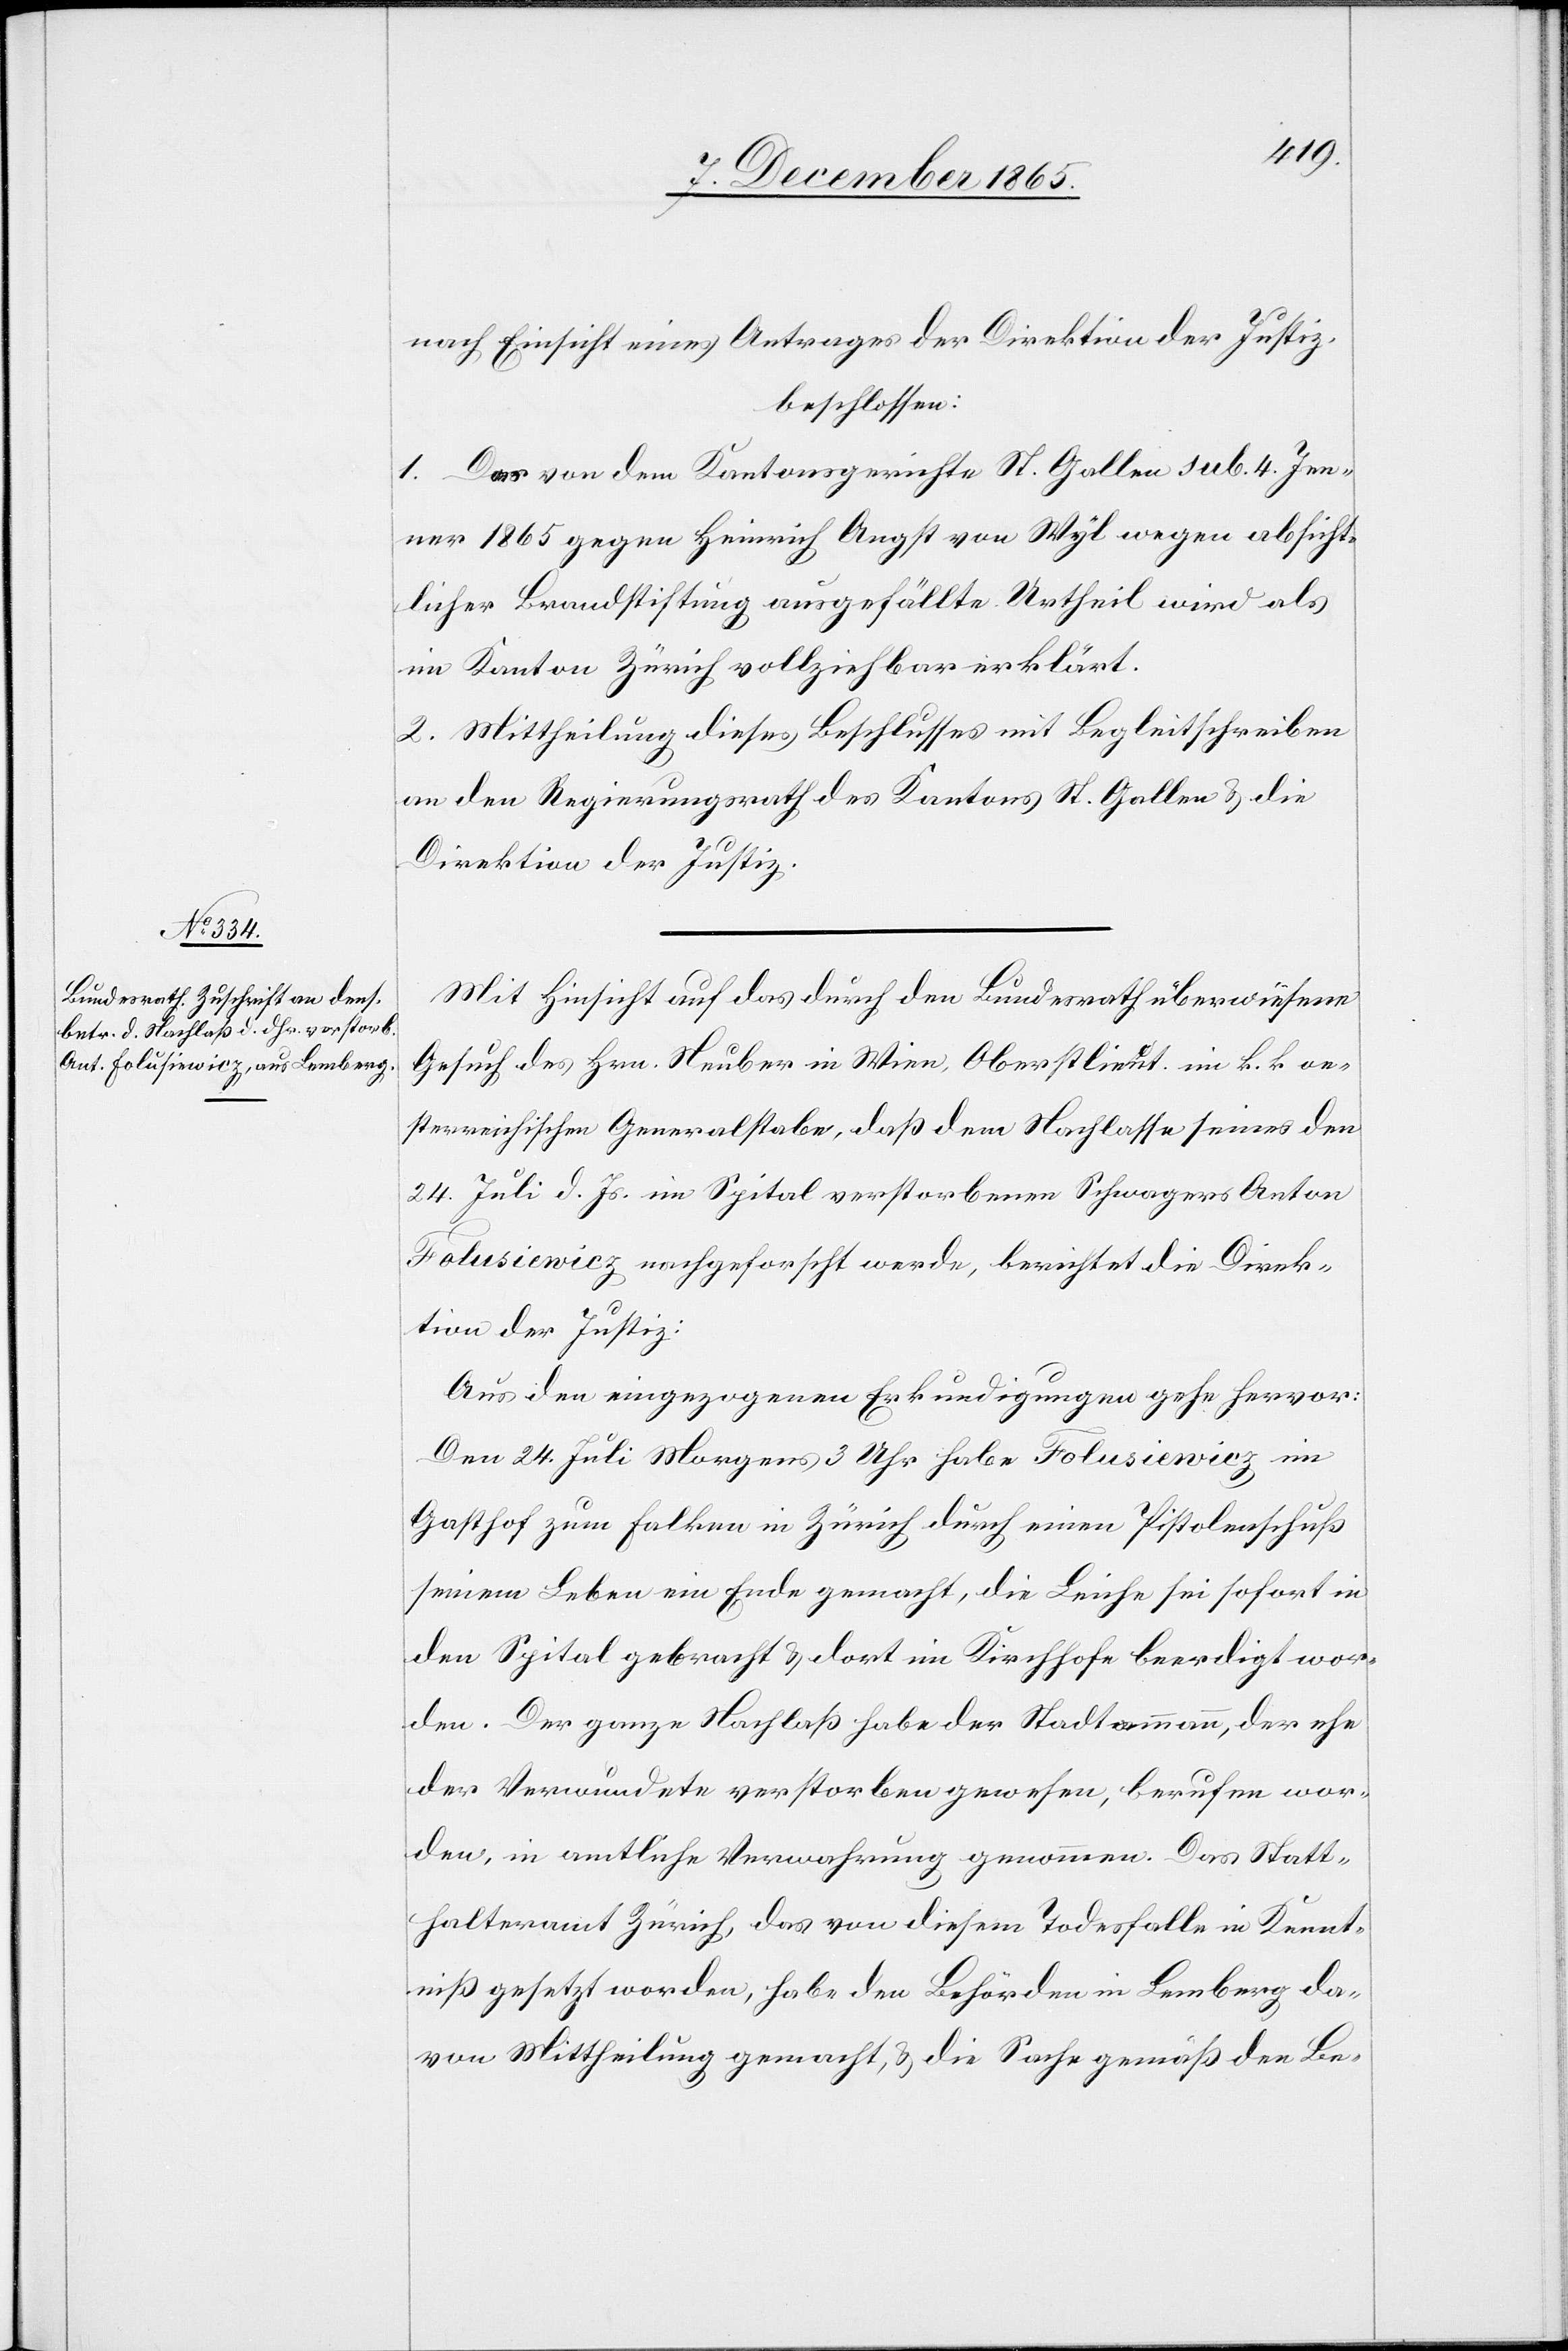
nach Einsicht eines Antrages der Direktion der Justiz,
beschlossen:
1. Das von dem Kantonsgerichte St. Gallen sub. 4. Jan¬
uar 1865 gegen Heinrich Angst von Wyl wegen absicht¬
licher Brandstiftung ausgefällte Urtheil wird als
im Kanton Zürich vollziehbar erklärt.
2. Mittheilung dieses Beschlusses mit Begleitschreiben
an den Regierungsrath des Kantons St. Gallen & an die
Direktion der Justiz.
Mit Hinsicht auf das durch den Bundesrath überwiesene
Gesuch des Hrn. Neuber in Wien, Oberstlieut. im k. k. oe¬
sterreichischen Generalstabe, daß dem Nachlasses seines den
24. Juli d. Js. im Spital verstorbenen Schwagers Anton
Folusiewicz nachgeforscht werde, berichtet die Direk¬
tion der Justiz:
Aus den eingezogenen Erkundigungen gehe hervor:
Den 24. Juli Morgens 3 Uhr habe Folusiewicz im
Gasthof zum Falken in Zürich durch einen Pistolenschuß
seinem Leben ein Ende gemacht, die Leiche sei sofort in
den Spital gebracht & dort im Kirchhofe beerdigt wor¬
den. Den ganzen Nachlaß habe der Stadtammann, der ehe
der Verwundete verstorben gewesen, berufen wor¬
den, in amtliche Verwaltung genommen. Das Statt¬
halteramt Zürich, das von diesem Todesfalle in Kennt¬
niß gesetzt worden, habe den Behörden in Lemberg da¬
von Mittheilung gemacht, & die Sache gemäß den Be-